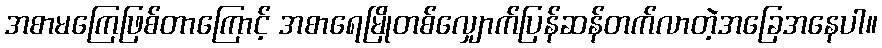
အစာမကြေဖြစ်တာကြောင့် အစာရေမြိုတစ်လျှောက်ပြန်ဆန်တက်လာတဲ့အခြေအနေပါ။